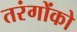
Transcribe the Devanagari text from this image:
तरंगोंको